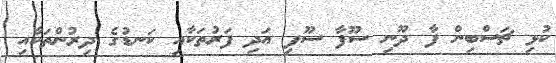
ކުޅި ޗަސްބިން ފާ ދޫނި ސޫފާ ސޫފި އަދި ފަރުތަކާއި ކަނޑުގެ ދިރުންތަކާއި